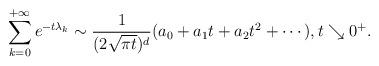
LaTeX: \begin{align*}\displaystyle\sum_{k=0}^{+\infty} e^{-t\lambda_k} \sim \frac{1}{(2\sqrt{\pi t})^d} (a_0+a_1t+a_2t^2+\cdots),t \searrow 0^{+}.\end{align*}